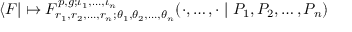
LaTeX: \langle F | \mapsto F _ { r _ { 1 } , r _ { 2 } , \dots , r _ { n } ; \theta _ { 1 } , \theta _ { 2 } , \dots , \theta _ { n } } ^ { p , g ; \iota _ { 1 } , \dots , \iota _ { n } } ( \cdot , \dots , \cdot \mid P _ { 1 } , P _ { 2 } , \dots , P _ { n } )